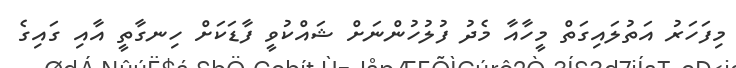
މިފަހަރު އަތުލައިގަތް މީހާއާ މެދު ފުލުހުންނަށް ޝައްކުވީ ފާޑަކަށް ހިނގާތީ އާއި ގައިގެ